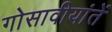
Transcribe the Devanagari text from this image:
गोसावीयांतें